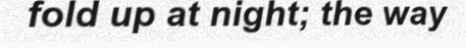
fold up at night; the way